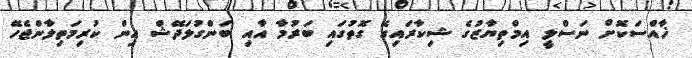
ޚާއްސަކޮށް ނަސްލީ އިމްތިޔާޒުގެ ޝިކާރައިގެ ގޮތުގައި ބަރުމާ އާއި ބަންގުލަދޭޝް އިން ކުރިމަތިލާންޖެހޭ